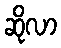
ဆိုလာ